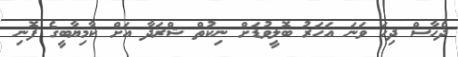
ދެހާސް ދިހަ ވަނަ އަހަރު ބޮލީވުޑަށް ނިކުތް ޝްރަދާ އަށް ކާމިޔާބީގެ ފޮނި